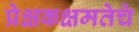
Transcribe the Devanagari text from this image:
प्रेक्षकक्षमतेचे